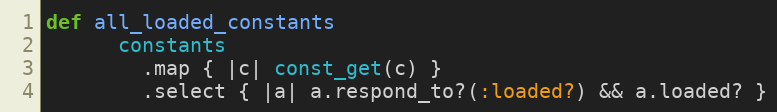
Language: Ruby
def all_loaded_constants
      constants
        .map { |c| const_get(c) }
        .select { |a| a.respond_to?(:loaded?) && a.loaded? }